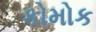
કોમોક